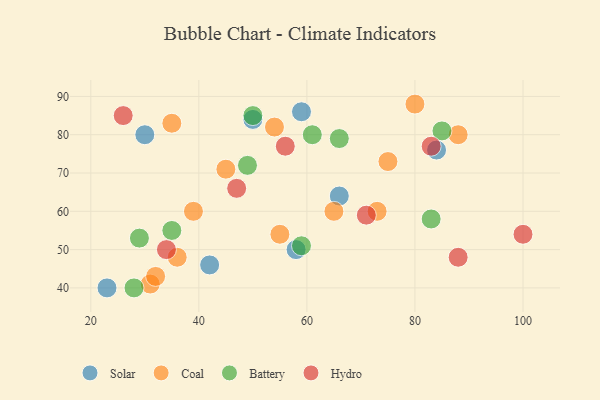
{"axis": {"x": "GDP", "y": "Life Expectancy"}, "legend": ["Battery", "Coal", "Hydro", "Solar"], "data": [{"x": "58", "y": 50, "type": "Solar"}, {"x": "30", "y": 80, "type": "Solar"}, {"x": "59", "y": 86, "type": "Solar"}, {"x": "42", "y": 46, "type": "Solar"}, {"x": "84", "y": 76, "type": "Solar"}, {"x": "50", "y": 84, "type": "Solar"}, {"x": "23", "y": 40, "type": "Solar"}, {"x": "66", "y": 64, "type": "Solar"}, {"x": "55", "y": 54, "type": "Coal"}, {"x": "31", "y": 41, "type": "Coal"}, {"x": "39", "y": 60, "type": "Coal"}, {"x": "75", "y": 73, "type": "Coal"}, {"x": "80", "y": 88, "type": "Coal"}, {"x": "73", "y": 60, "type": "Coal"}, {"x": "45", "y": 71, "type": "Coal"}, {"x": "35", "y": 83, "type": "Coal"}, {"x": "32", "y": 43, "type": "Coal"}, {"x": "88", "y": 80, "type": "Coal"}, {"x": "65", "y": 60, "type": "Coal"}, {"x": "36", "y": 48, "type": "Coal"}, {"x": "54", "y": 82, "type": "Coal"}, {"x": "49", "y": 72, "type": "Battery"}, {"x": "66", "y": 79, "type": "Battery"}, {"x": "29", "y": 53, "type": "Battery"}, {"x": "61", "y": 80, "type": "Battery"}, {"x": "50", "y": 85, "type": "Battery"}, {"x": "83", "y": 58, "type": "Battery"}, {"x": "85", "y": 81, "type": "Battery"}, {"x": "35", "y": 55, "type": "Battery"}, {"x": "59", "y": 51, "type": "Battery"}, {"x": "28", "y": 40, "type": "Battery"}, {"x": "56", "y": 77, "type": "Hydro"}, {"x": "100", "y": 54, "type": "Hydro"}, {"x": "88", "y": 48, "type": "Hydro"}, {"x": "71", "y": 59, "type": "Hydro"}, {"x": "47", "y": 66, "type": "Hydro"}, {"x": "34", "y": 50, "type": "Hydro"}, {"x": "26", "y": 85, "type": "Hydro"}, {"x": "83", "y": 77, "type": "Hydro"}]}